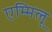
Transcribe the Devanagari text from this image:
एम्मिलू